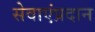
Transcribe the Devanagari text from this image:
सेवाएंप्रदान